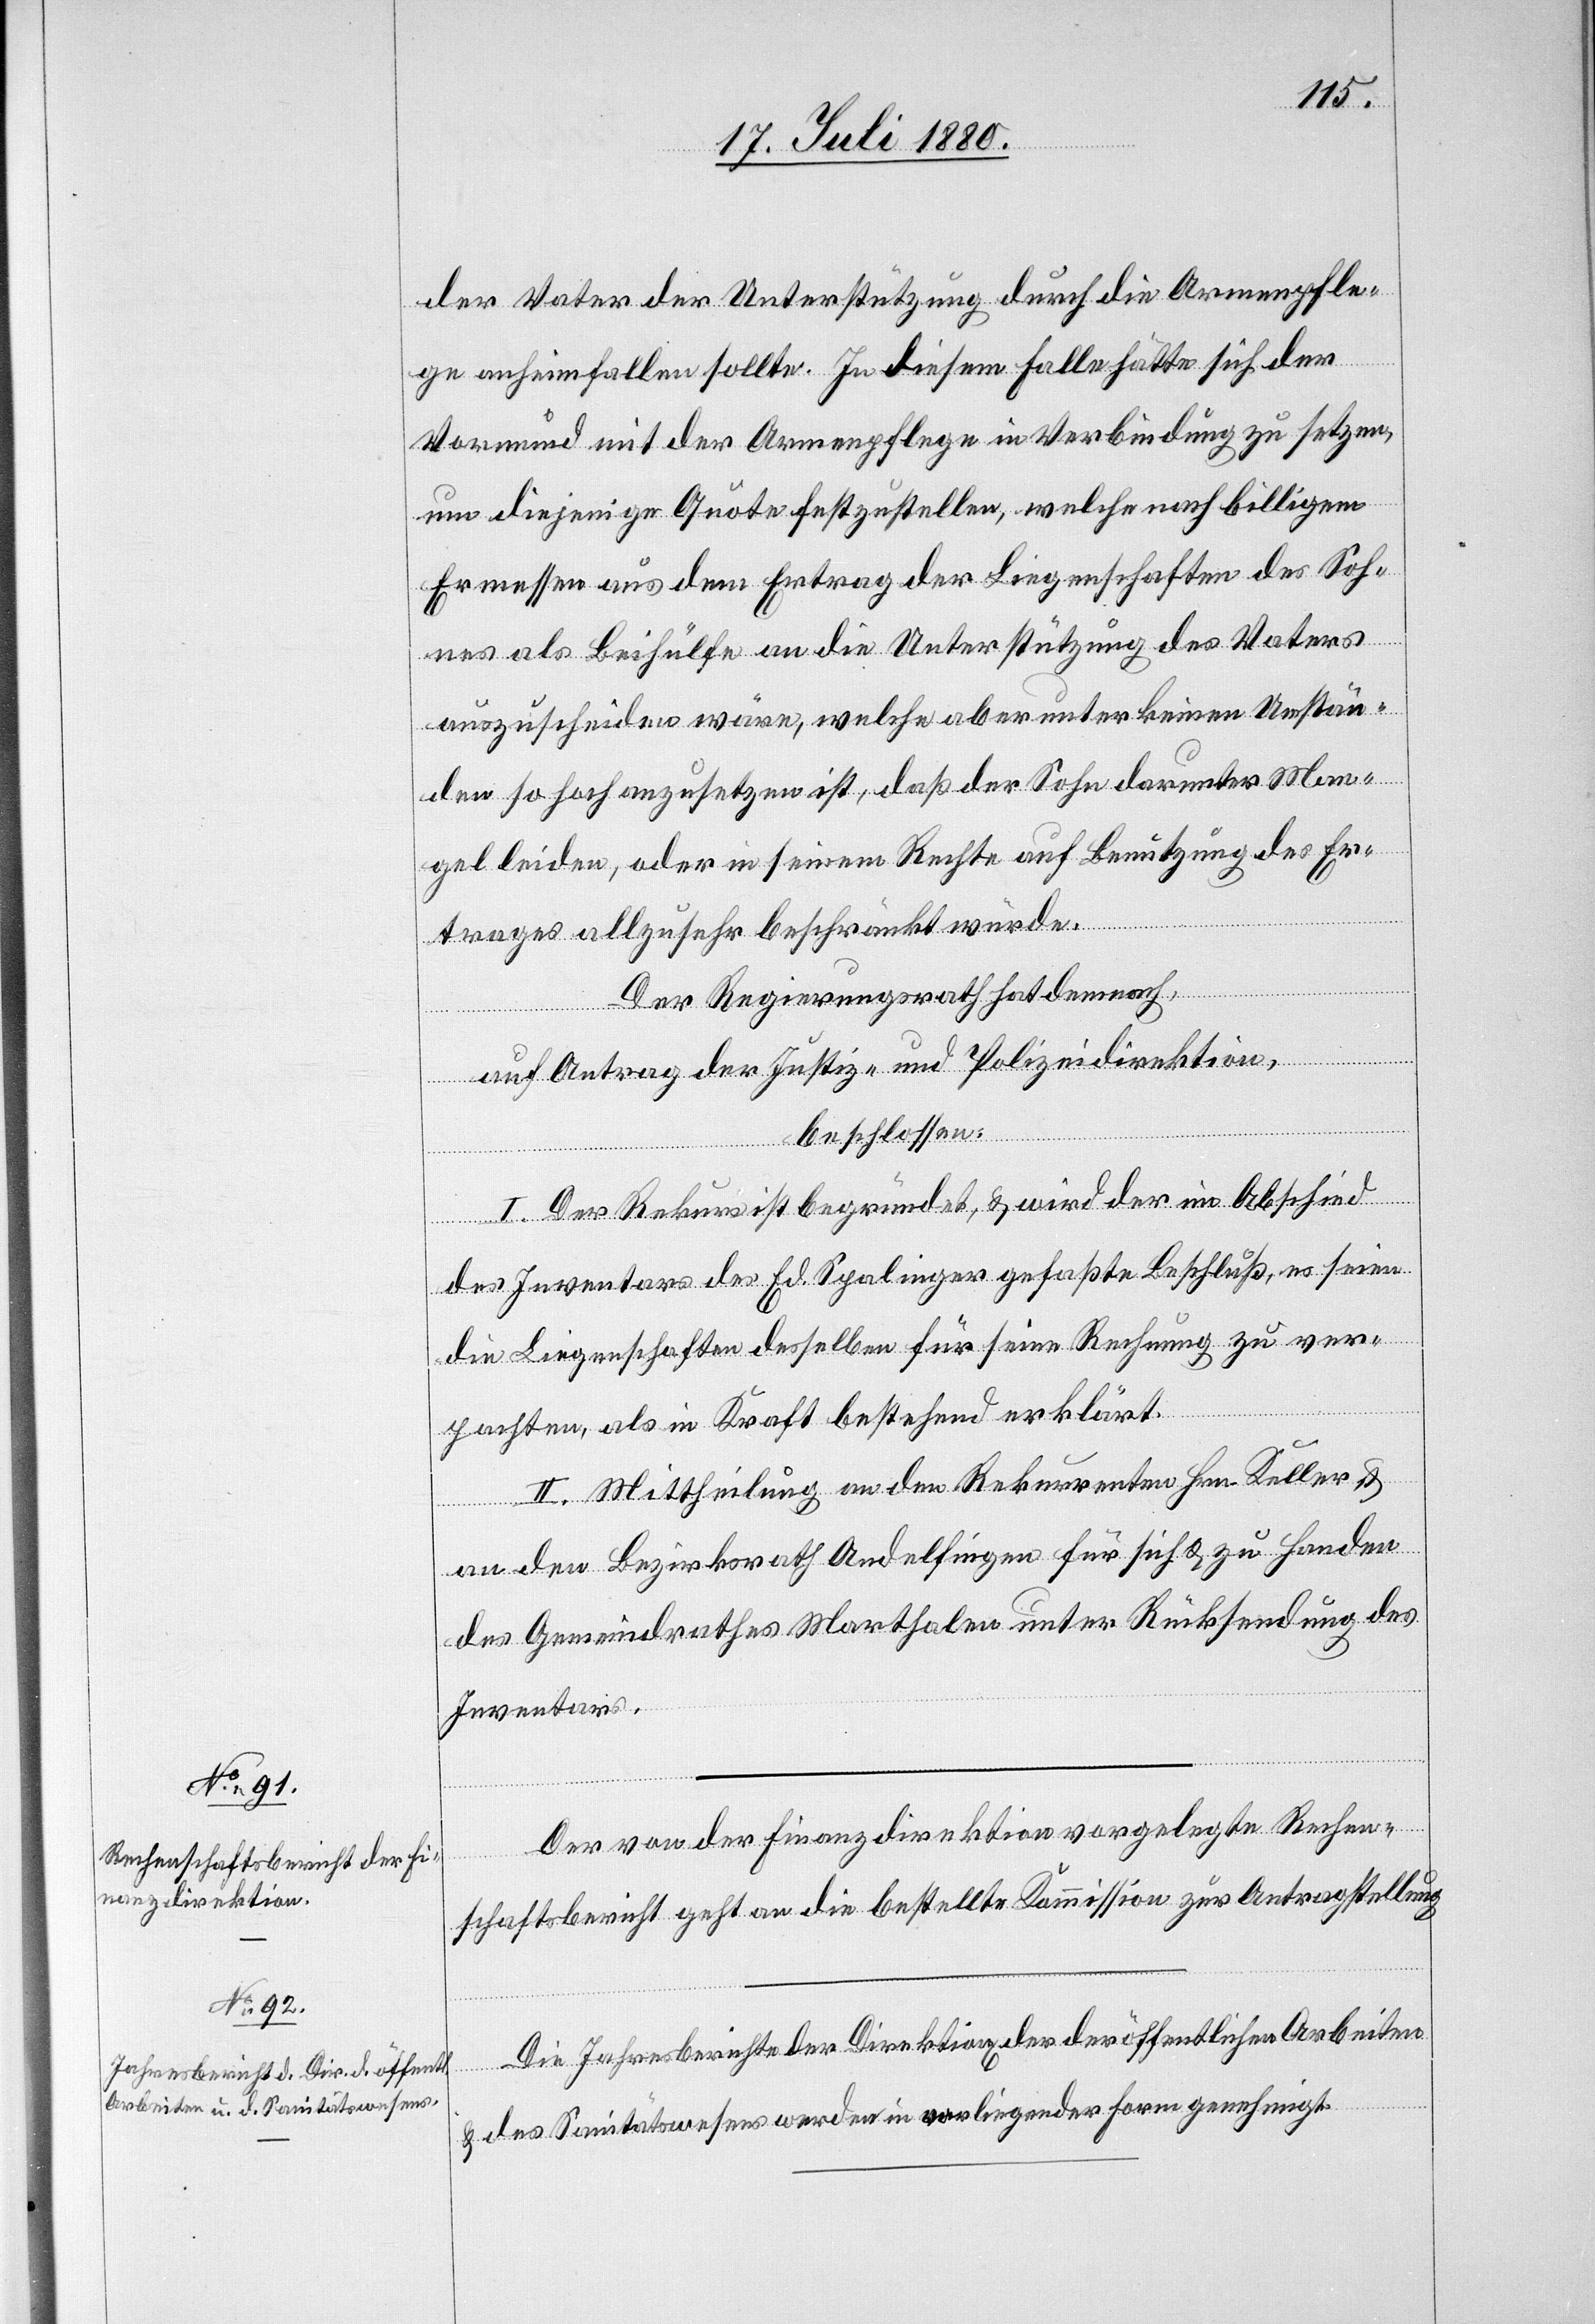
der Vater der Unterstützung durch die Armenpfle¬
ge anheimfallen sollte. In diesem Falle hätte sich der
Vormund mit der Armenpflege in Verbindung zu setzen,
um diejenige Quote festzustellen, welche nach billigem
Ermessen aus dem Ertrag der Liegenschaften des Soh¬
nes als Beihülfe an die Unterstützung des Vater
auszuscheiden wäre, welche aber unter keinen Umstän¬
den so hoch anzusetzen ist, daß der Sohn darunter Man¬
gel leiden, oder in seinem Rechte auf Benutzung des Er¬
trages allzusehr beschränkt würde.
Der Regierungsrath hat demnach,
auf Antrag der Justiz- und Polizeidirektion,
beschlossen:
I. Der Rekurs ist begründet, & wird der im Abschied
des Inventars des Ed. Spalinger gefaßte Beschluß, es seien
die Liegenschaften desselben für seine Rechnung zu ver¬
pachten, als in Kraft bestehend erklärt.
II. Mittheilung an den Rekurrenten Hrn. Keller &
an den Bezirksrath Andelfingen für sich & zu Handen
des Gemeindrathes Marthalen unter Rücksendung des
Inventars.
Der von der Finanzdirektion vorgelegte Rechen¬
schaftsbericht geht an die bestellte Kommission zur Antragstellung.
Die Jahresberichte der Direktion[en] der der [sic!] öffentlichen Arbeiten
& des Sanitätswesens werden in vorliegender Form genehmigt.